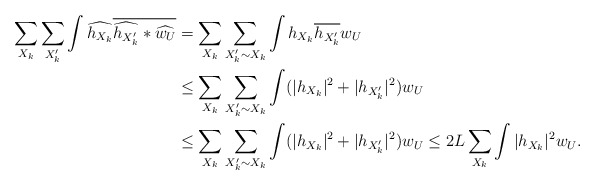
\begin{align*} \sum_{X_k}\sum_{X_k'}\int\widehat{h_{X_k}}\overline{\widehat{h_{X_k'}}*\widehat{w_U}} &= \sum_{X_k}\sum_{X_k'\sim X_k}\int h_{X_k}\overline{h_{X_k'}}w_U\\ &\le \sum_{X_k}\sum_{X_k'\sim X_k}\int (|h_{X_k}|^2+|h_{X_k'}|^2)w_U \\ &\le \sum_{X_k}\sum_{X_k'\sim X_k}\int (|h_{X_k}|^2+|h_{X_k'}|^2)w_U\le 2L\sum_{X_k}\int|h_{X_k}|^2w_U. \end{align*}